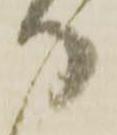
り